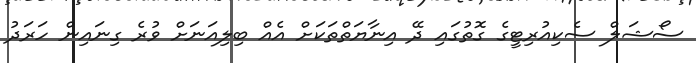
ސޯޝަލް ސެކިއުރިޓީގެ ގޮތުގައި ދޭ އިނާޔަތްތަކަށް އެއް ބިލިއަނަށް ވުރެ ގިނައިން ހަރަދު